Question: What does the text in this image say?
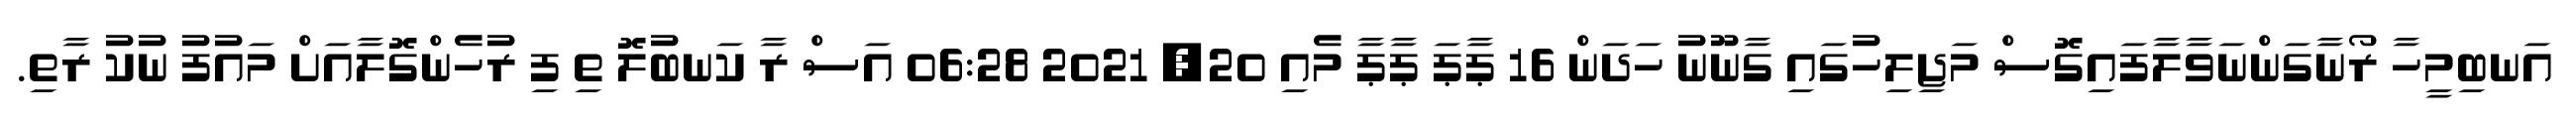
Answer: އަނބިމީހާ ރޯނާގަންނަވާލާފައިގޮސް މަޖިލިހުގައި ގާނޫނު ހަދަން 16 ޕާޕަ ޕާޕާ މެއި 20, 2021 06:28 އަސް ރާ ކަނބުލޮ ތި ފި ރުހެންގޮލާއަށް މައުފު ނުކު ރާތި.